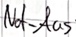
Text: Not-Aus